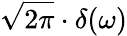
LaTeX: {\sqrt{2\pi}}\cdot\delta(\omega)